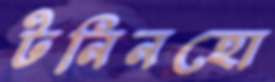
টনিনহো